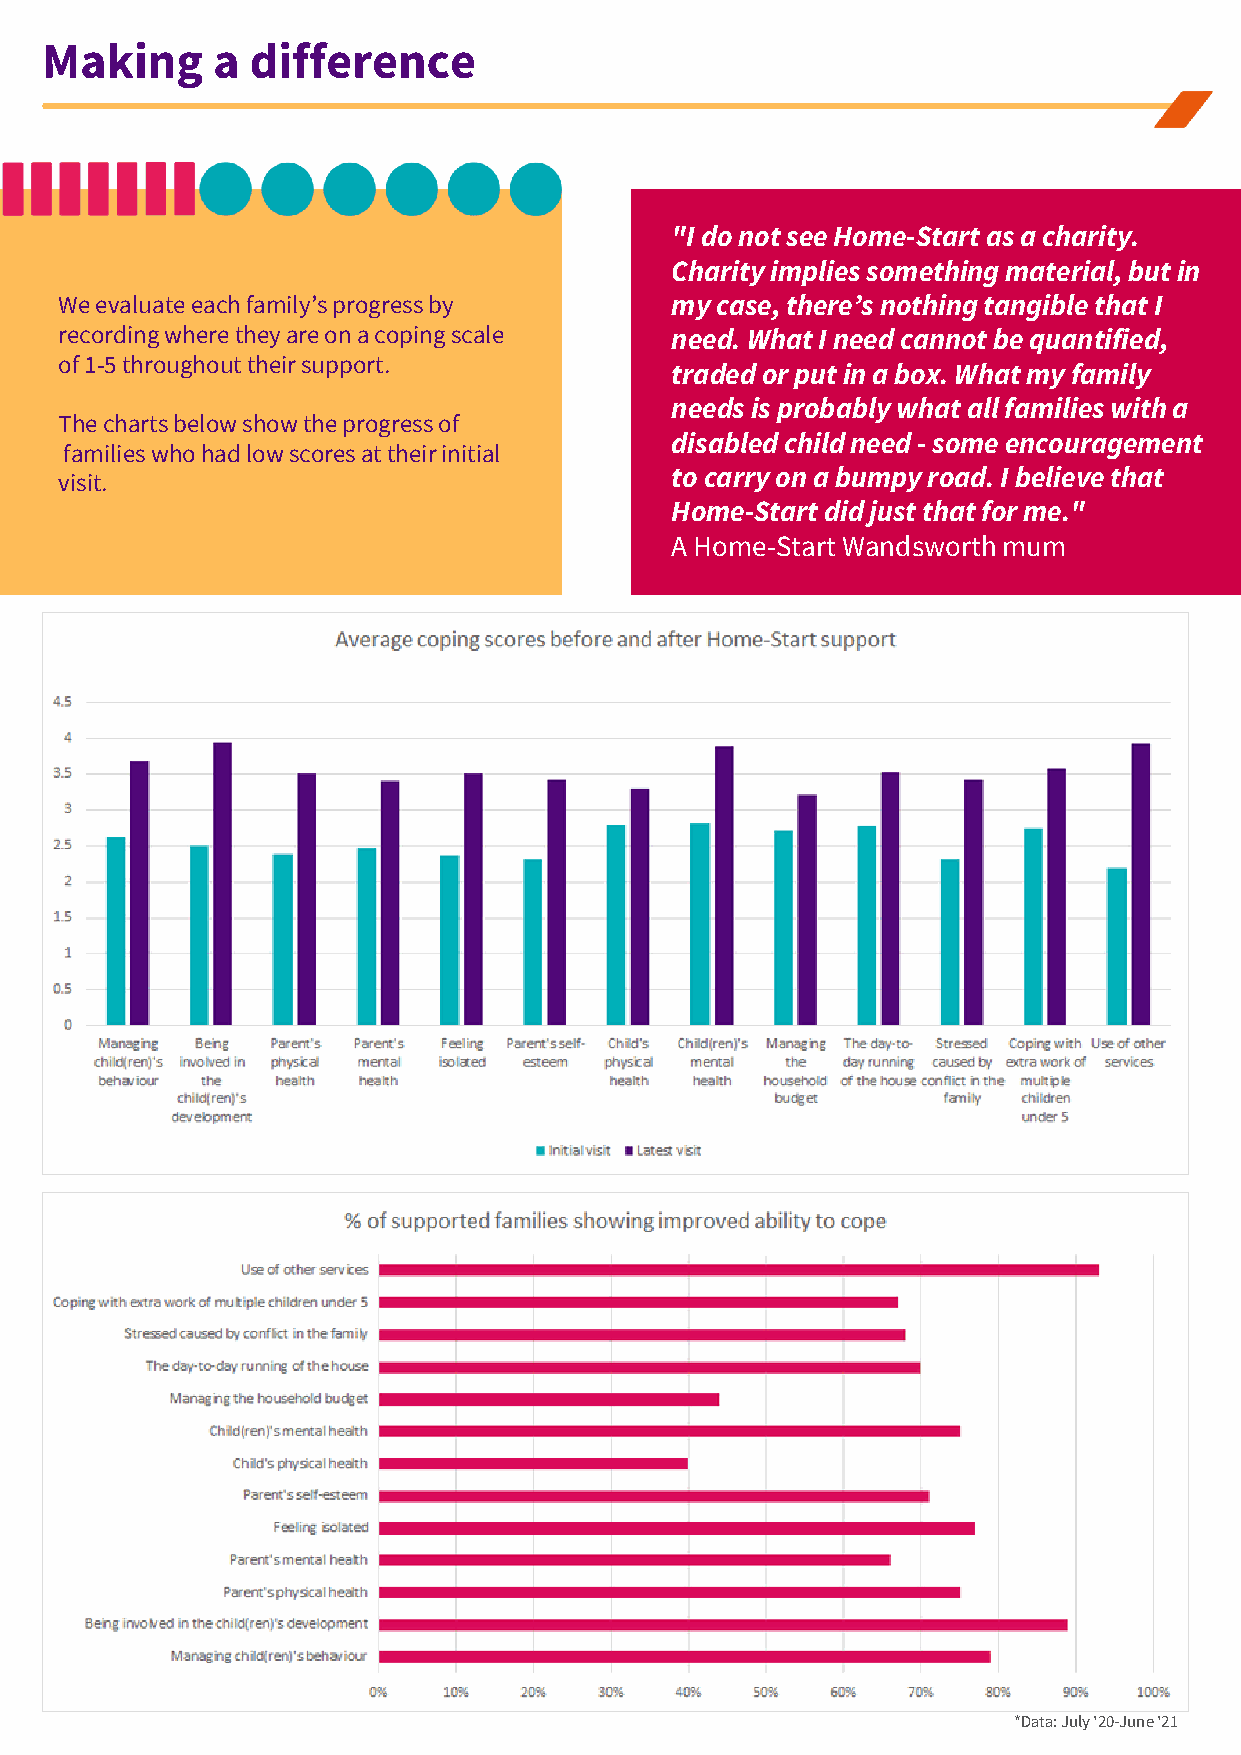
Making     a  difference
 "I do not see Home-Start as a charity.
 Charity implies something material, but in
 We evaluate each family’s progress by   my case, there’s nothing tangible that I
 recording where they are on a coping scale need. What I need cannot be quantified,
 of 1-5 throughout their support.
 traded or put in a box. What my family
 needs is probably what all families with a
 The charts below show the progress of
 disabled child need - some encouragement
 families who had low scores at their initial
 to carry on a bumpy road. I believe that
 visit.
 Home-Start did just that for me."
 A Home-Start Wandsworth mum
 *Data: July '20-June '21